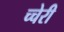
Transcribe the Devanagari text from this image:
च्चेरी